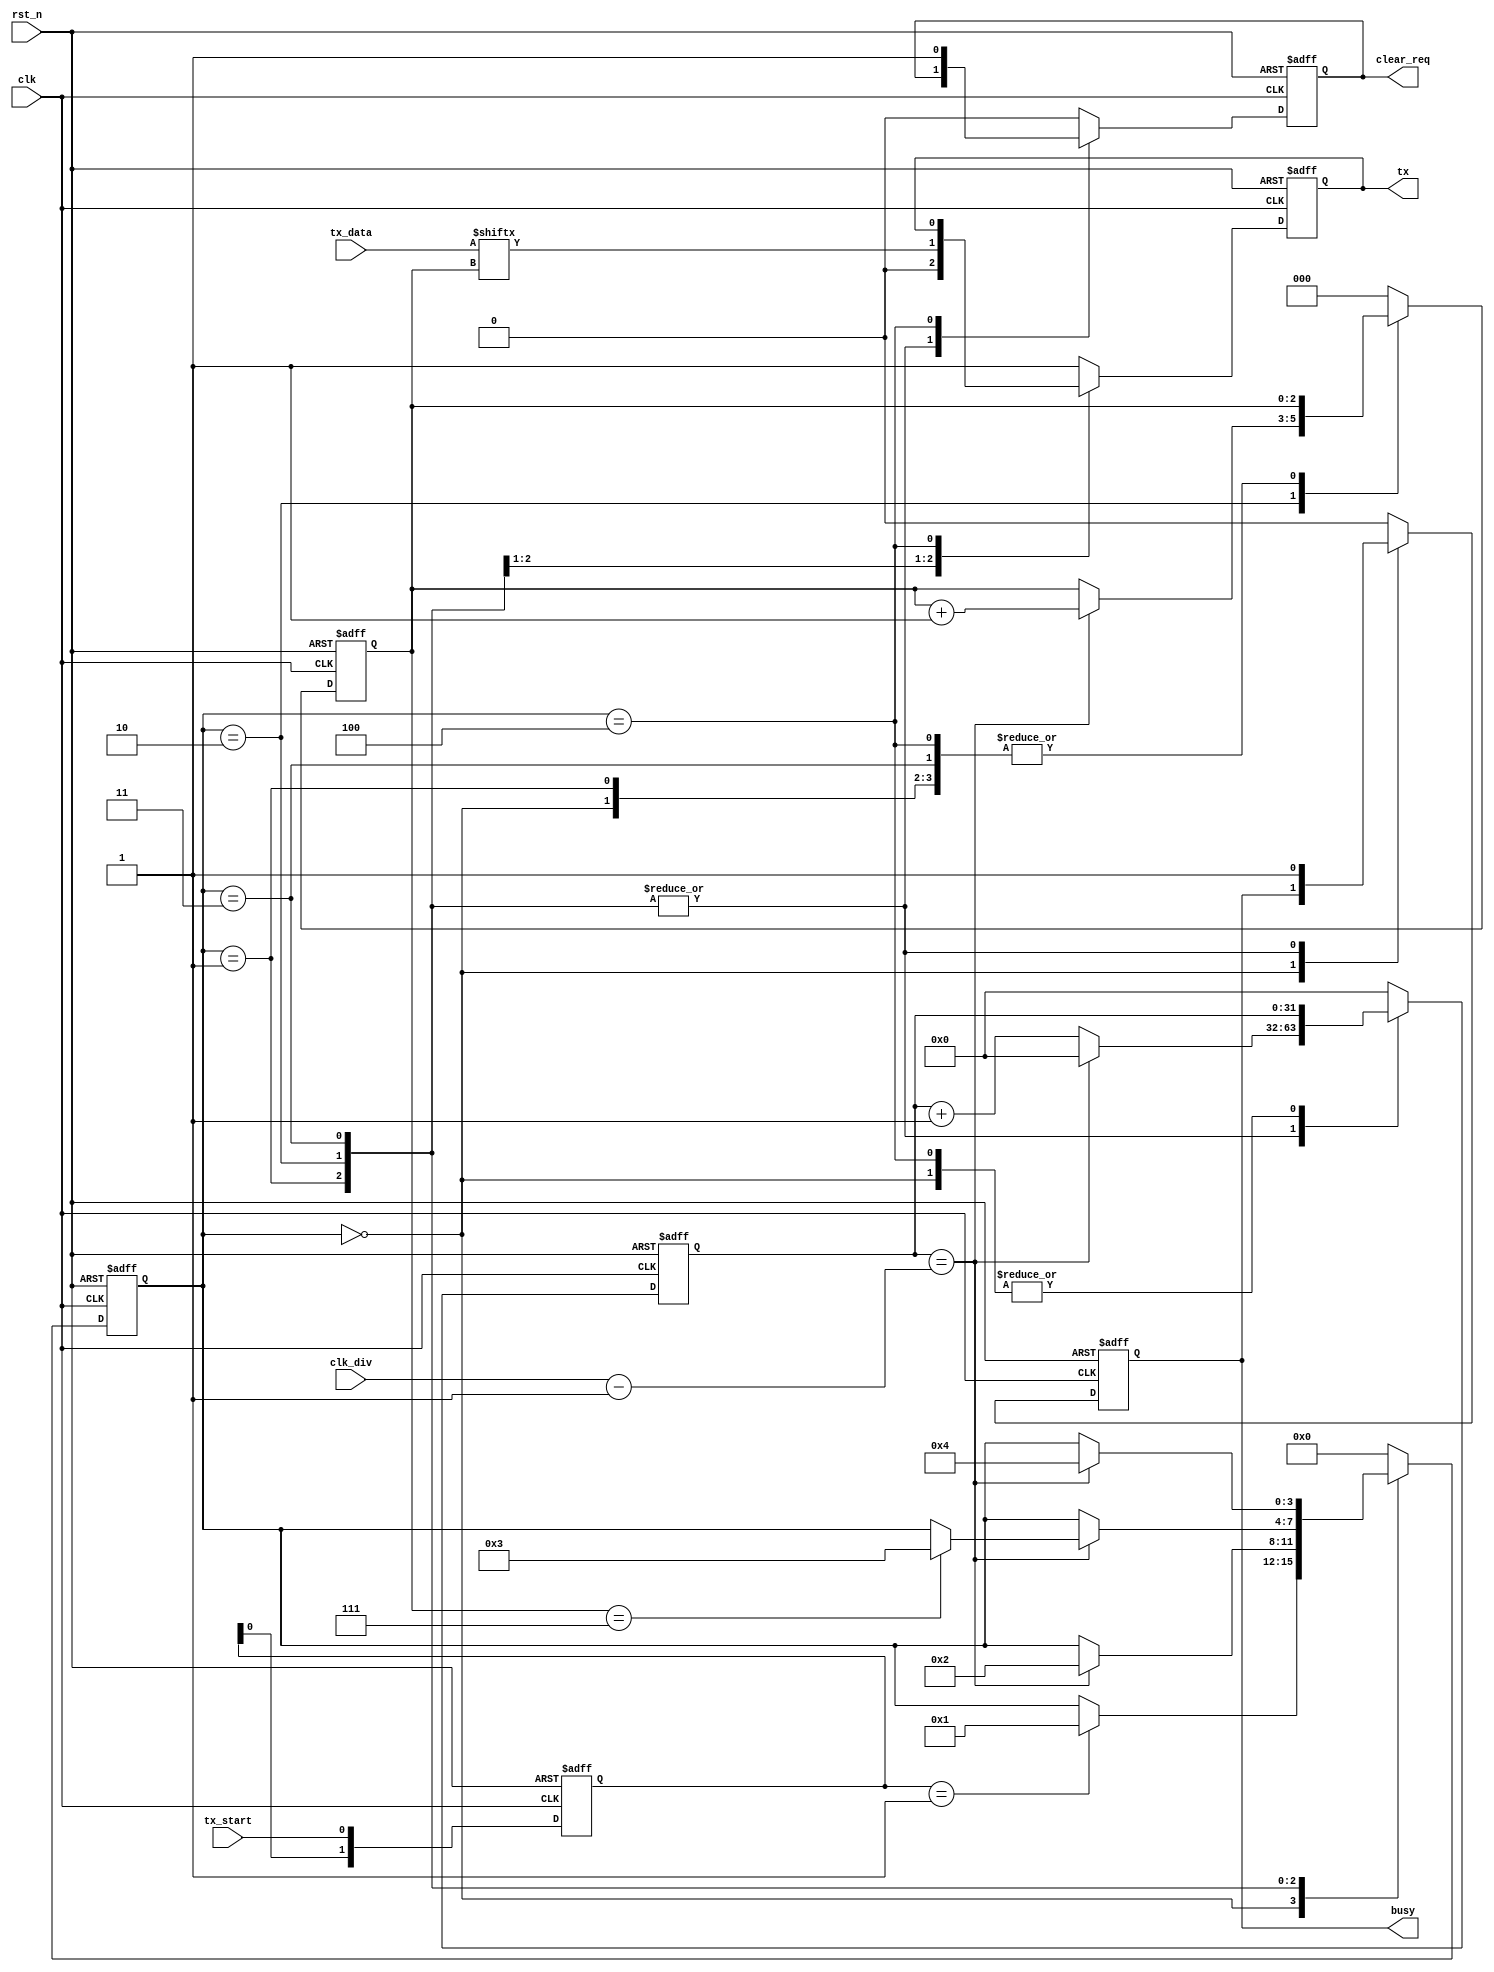
module uart_transmission(
  input wire        rst_n,
  input wire        clk,
  input wire [31:0] clk_div,
  input wire        tx_start,
  input wire [7:0]  tx_data,
  output reg        tx,
  output reg        clear_req,
  output reg        busy
);

  parameter WAIT        = 4'b0000;
  parameter START_BIT   = 4'b0001;
  parameter SEND_DATA   = 4'b0010;
  parameter STOP_BIT    = 4'b0011;
  parameter CLEAR_REQ   = 4'b0100;

  reg [3:0] state;

  reg [31:0] clk_cnt;

  reg [2:0] tx_index;

  reg [1:0] detect_posedge_start;

  always @(posedge clk or negedge rst_n)begin
    if(!rst_n) 
      detect_posedge_start <= 2'b00;
    else 
      detect_posedge_start <= {detect_posedge_start[0], tx_start};
  end

  always @(posedge clk or negedge rst_n) begin
    if(!rst_n) begin
      tx        <= 1'b1;	// Drive Line High for Idle
      state     <= WAIT;
      clear_req <= 1'b0;
      tx_index  <= 3'b000;
      clk_cnt   <= 32'h0000_0000;
      //detect_posedge_start <= 2'b00;
      busy      <= 1'b0;
    end else begin
      //detect_posedge_start <= {detect_posedge_start[0], tx_start}; 
      case(state)
        WAIT: begin
          tx <= 1'b1;
          clear_req <= 1'b0;
          if(detect_posedge_start == 2'b01) begin
            state <= START_BIT;
          end
        end
        START_BIT: begin
		      // Send out Start Bit. Start bit = 0
          tx <= 1'b0;
          busy <= 1'b1;
          if(clk_cnt == (clk_div - 1)) begin
            clk_cnt <= 32'h0000_0000;
            state <= SEND_DATA;
          end else begin
            clk_cnt <= clk_cnt + 32'h0000_0001;
          end
        end
        SEND_DATA: begin
          tx <= tx_data[tx_index];
          busy <= 1'b1;
          if(clk_cnt == (clk_div - 1)) begin
            clk_cnt <= 32'h0000_0000;
            if(tx_index == 3'b111) begin
              state <= STOP_BIT;
            end
            tx_index <= tx_index + 3'b001;
          end else begin
            clk_cnt <= clk_cnt + 32'h0000_0001;
          end
        end
        STOP_BIT: begin
          tx <= 1'b1;
          busy <= 1'b1;
          if(clk_cnt == (clk_div - 1)) begin
            clk_cnt <= 32'h0000_0000;
            state <= CLEAR_REQ;
          end else begin
            clk_cnt <= clk_cnt + 32'h0000_0001;
          end
        end
        CLEAR_REQ: begin
          clear_req <= 1'b1;
          busy <= 1'b0;
          state <= WAIT;
        end
        default: begin
          tx        <= 1'b1;
          state     <= WAIT;
          clear_req <= 1'b0;
          tx_index  <= 3'b000;
          clk_cnt   <= 32'h0000_0000;
          //detect_posedge_start <= 2'b00;
          busy      <= 1'b0;
        end
      endcase
    end
  end

endmodule